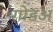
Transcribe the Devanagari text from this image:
गोडअ